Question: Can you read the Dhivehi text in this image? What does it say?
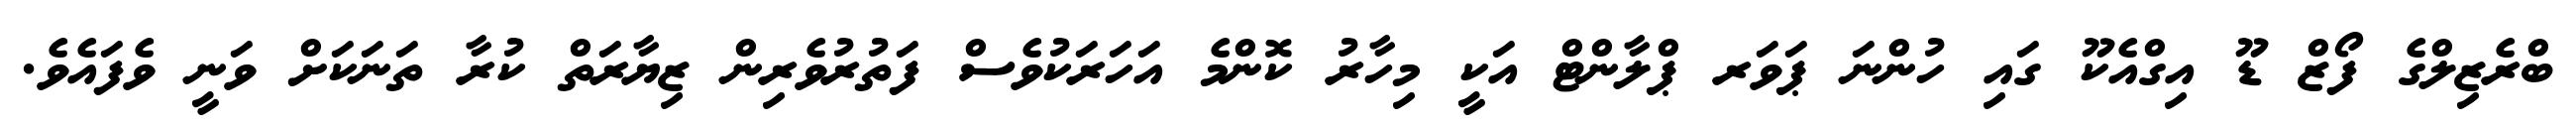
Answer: ބްރެޒިލްގެ ފޯޒް ޑޫ އިގްއެކޫ ގައި ހުންނަ ޕަވަރ ޕްލާންޓް އަކީ މިހާރު ކޮންމެ އަހަރަކުވެސް ފަތުރުވެރިން ޒިޔާރަތް ކުރާ ތަނަކަށް ވަނީ ވެފައެވެ.